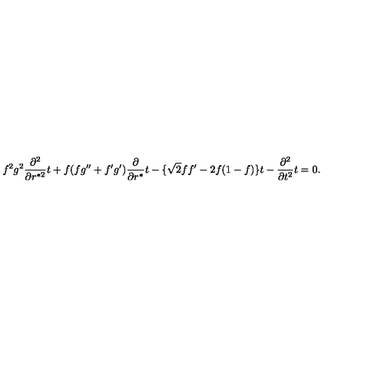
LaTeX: f ^ { 2 } g ^ { 2 } { \frac { \partial ^ { 2 } } { \partial r ^ { * 2 } } } t + f ( f g ^ { \prime \prime } + f ^ { \prime } g ^ { \prime } ) { \frac { \partial } { \partial r ^ { * } } } t - \{ \sqrt 2 f f ^ { \prime } - 2 f ( 1 - f ) \} t - { \frac { \partial ^ { 2 } } { \partial t ^ { 2 } } } t = 0 .